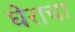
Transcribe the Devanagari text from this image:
घेराचा